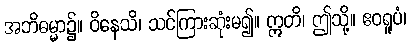
အဘိဓမ္မာ၌။ ဝိနေသိ၊ သင်ကြားဆုံးမ၍။ ဣတိ၊ ဤသို့။ ဧဝရူပံ၊